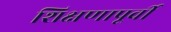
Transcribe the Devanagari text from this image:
शिक्षणापूर्वी